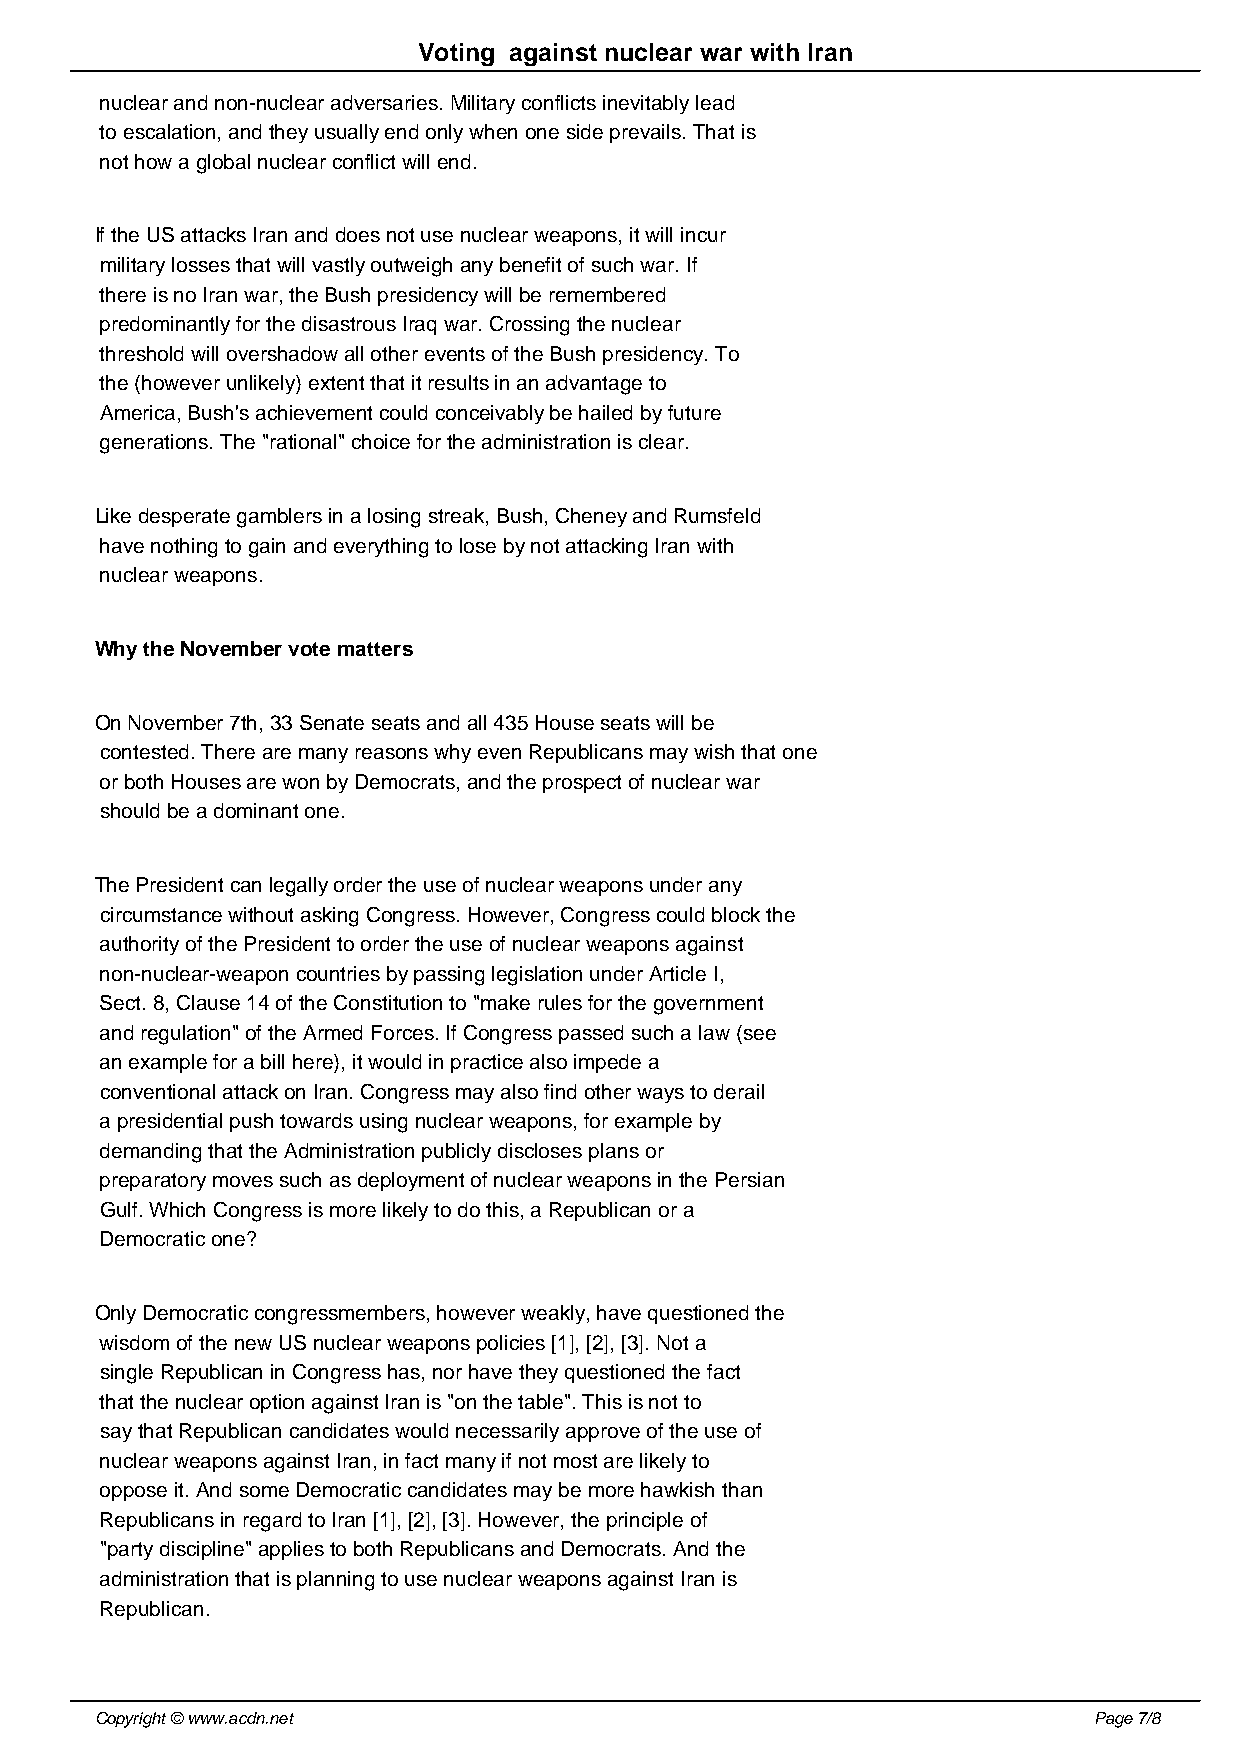
Voting against nuclear war with Iran
 nuclear and non-nuclear adversaries. Military conflicts inevitably lead
 to escalation, and they usually end only when one side prevails. That is
 not how a global nuclear conflict will end.
 If the US attacks Iran and does not use nuclear weapons, it will incur
 military losses that will vastly outweigh any benefit of such war. If
 there is no Iran war, the Bush presidency will be remembered
 predominantly for the disastrous Iraq war. Crossing the nuclear
 threshold will overshadow all other events of the Bush presidency. To
 the (however unlikely) extent that it results in an advantage to
 America, Bush's achievement could conceivably be hailed by future
 generations. The "rational" choice for the administration is clear.
 Like desperate gamblers in a losing streak, Bush, Cheney and Rumsfeld
 have nothing to gain and everything to lose by not attacking Iran with
 nuclear weapons.
 Why the November vote matters
 On November 7th, 33 Senate seats and all 435 House seats will be
 contested. There are many reasons why even Republicans may wish that one
 or both Houses are won by Democrats, and the prospect of nuclear war
 should be a dominant one.
 The President can legally order the use of nuclear weapons under any
 circumstance without asking Congress. However, Congress could block the
 authority of the President to order the use of nuclear weapons against
 non-nuclear-weapon countries by passing legislation under Article I,
 Sect. 8, Clause 14 of the Constitution to "make rules for the government
 and regulation" of the Armed Forces. If Congress passed such a law (see
 an example for a bill here), it would in practice also impede a
 conventional attack on Iran. Congress may also find other ways to derail
 a presidential push towards using nuclear weapons, for example by
 demanding that the Administration publicly discloses plans or
 preparatory moves such as deployment of nuclear weapons in the Persian
 Gulf. Which Congress is more likely to do this, a Republican or a
 Democratic one?
 Only Democratic congressmembers, however weakly, have questioned the
 wisdom of the new US nuclear weapons policies [1], [2], [3]. Not a
 single Republican in Congress has, nor have they questioned the fact
 that the nuclear option against Iran is "on the table". This is not to
 say that Republican candidates would necessarily approve of the use of
 nuclear weapons against Iran, in fact many if not most are likely to
 oppose it. And some Democratic candidates may be more hawkish than
 Republicans in regard to Iran [1], [2], [3]. However, the principle of
 "party discipline" applies to both Republicans and Democrats. And the
 administration that is planning to use nuclear weapons against Iran is
 Republican.
 Copyright © www.acdn.net                                          Page 7/8